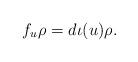
LaTeX: \begin{align*}f_u\rho = d\iota(u)\rho.\end{align*}